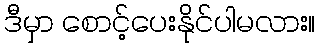
ဒီမှာ စောင့်ပေးနိုင်ပါမလား။